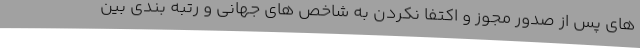
های پس از صدور مجوز و اکتفا نکردن به شاخص های جهانی و رتبه بندی بین